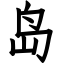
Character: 岛